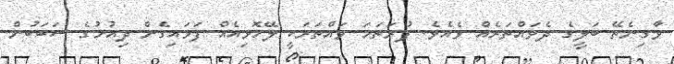
ވާގިނެތޭ ބަލީގެ ދެވައްތަރެއް ވެއެވެ. ފުރަތަމަ ވައްތަރަކީ ލޭހޮޅިއެއް ފަޅައިގެން ދިއުމުގެ ސަބަބުން